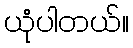
ယုံပါတယ်။